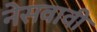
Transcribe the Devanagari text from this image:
नेसवावी